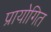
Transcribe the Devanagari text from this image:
प्रायोगित